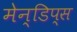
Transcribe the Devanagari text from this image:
मेन्डिप्स